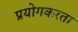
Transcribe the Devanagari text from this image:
प्रयोगकरता